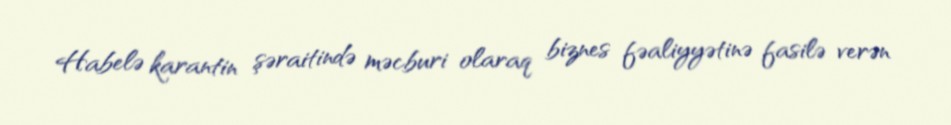
Habelə karantin şəraitində məcburi olaraq biznes fəaliyyətinə fasilə verən